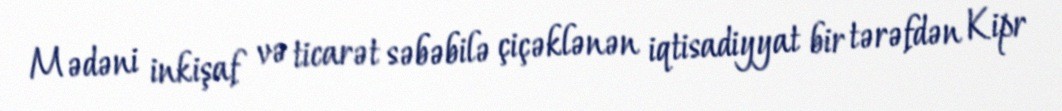
Mədəni inkişaf və ticarət səbəbilə çiçəklənən iqtisadiyyat bir tərəfdən Kipr